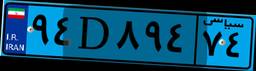
۹۴D۸۹۴۷۴